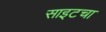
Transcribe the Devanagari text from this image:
साइटचा